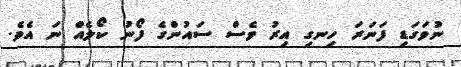
ނުވަގަޑި ފަނަރަ ހިނގި އިރު ވެސް ސައުންގެ ފޯނު ކޯލެއް ނަ އެވެ.